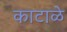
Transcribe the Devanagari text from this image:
काटाळे